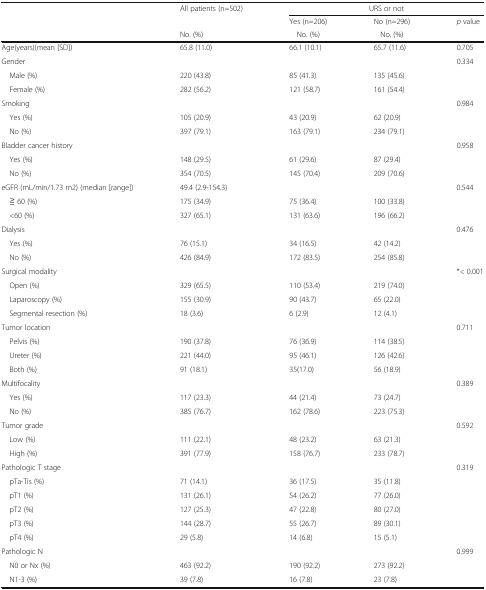
<table><thead><tr><td rowspan="3"></td><td><b>All patients (n=502)</b></td><td colspan="3"><b>URS or not</b></td></tr><tr><td></td><td><b>Yes (n=206)</b></td><td><b>No (n=296)</b></td><td><b><i>p</i> value</b></td></tr><tr><td><b>No. (%)</b></td><td><b>No. (%)</b></td><td><b>No. (%)</b></td><td></td></tr></thead><tbody><tr><td>Age(years)(mean [SD])</td><td>65.8 (11.0)</td><td>66.1 (10.1)</td><td>65.7 (11.6)</td><td>0.705</td></tr><tr><td>Gender</td><td></td><td></td><td></td><td>0.334</td></tr><tr><td> Male (%)</td><td>220 (43.8)</td><td>85 (41.3)</td><td>135 (45.6)</td><td></td></tr><tr><td> Female (%)</td><td>282 (56.2)</td><td>121 (58.7)</td><td>161 (54.4)</td><td></td></tr><tr><td>Smoking</td><td></td><td></td><td></td><td>0.984</td></tr><tr><td> Yes (%)</td><td>105 (20.9)</td><td>43 (20.9)</td><td>62 (20.9)</td><td></td></tr><tr><td> No (%)</td><td>397 (79.1)</td><td>163 (79.1)</td><td>234 (79.1)</td><td></td></tr><tr><td>Bladder cancer history</td><td></td><td></td><td></td><td>0.958</td></tr><tr><td> Yes (%)</td><td>148 (29.5)</td><td>61 (29.6)</td><td>87 (29.4)</td><td></td></tr><tr><td> No (%)</td><td>354 (70.5)</td><td>145 (70.4)</td><td>209 (70.6)</td><td></td></tr><tr><td>eGFR (mL/min/1.73 m2) (median [range])</td><td>49.4 (2.9-154.3)</td><td></td><td></td><td>0.544</td></tr><tr><td> ≧ 60 (%)</td><td>175 (34.9)</td><td>75 (36.4)</td><td>100 (33.8)</td><td></td></tr><tr><td> &lt;60 (%)</td><td>327 (65.1)</td><td>131 (63.6)</td><td>196 (66.2)</td><td></td></tr><tr><td>Dialysis</td><td></td><td></td><td></td><td>0.476</td></tr><tr><td> Yes (%)</td><td>76 (15.1)</td><td>34 (16.5)</td><td>42 (14.2)</td><td></td></tr><tr><td> No (%)</td><td>426 (84.9)</td><td>172 (83.5)</td><td>254 (85.8)</td><td></td></tr><tr><td>Surgical modality</td><td></td><td></td><td></td><td>*&lt; 0.001</td></tr><tr><td> Open (%)</td><td>329 (65.5)</td><td>110 (53.4)</td><td>219 (74.0)</td><td></td></tr><tr><td> Laparoscopy (%)</td><td>155 (30.9)</td><td>90 (43.7)</td><td>65 (22.0)</td><td></td></tr><tr><td> Segmental resection (%)</td><td>18 (3.6)</td><td>6 (2.9)</td><td>12 (4.1)</td><td></td></tr><tr><td>Tumor location</td><td></td><td></td><td></td><td>0.711</td></tr><tr><td> Pelvis (%)</td><td>190 (37.8)</td><td>76 (36.9)</td><td>114 (38.5)</td><td></td></tr><tr><td> Ureter (%)</td><td>221 (44.0)</td><td>95 (46.1)</td><td>126 (42.6)</td><td></td></tr><tr><td> Both (%)</td><td>91 (18.1)</td><td>35(17.0)</td><td>56 (18.9)</td><td></td></tr><tr><td>Multifocality</td><td></td><td></td><td></td><td>0.389</td></tr><tr><td> Yes (%)</td><td>117 (23.3)</td><td>44 (21.4)</td><td>73 (24.7)</td><td></td></tr><tr><td> No (%)</td><td>385 (76.7)</td><td>162 (78.6)</td><td>223 (75.3)</td><td></td></tr><tr><td>Tumor grade</td><td></td><td></td><td></td><td>0.592</td></tr><tr><td> Low (%)</td><td>111 (22.1)</td><td>48 (23.2)</td><td>63 (21.3)</td><td></td></tr><tr><td> High (%)</td><td>391 (77.9)</td><td>158 (76.7)</td><td>233 (78.7)</td><td></td></tr><tr><td>Pathologic T stage</td><td></td><td></td><td></td><td>0.319</td></tr><tr><td> pTa-Tis (%)</td><td>71 (14.1)</td><td>36 (17.5)</td><td>35 (11.8)</td><td></td></tr><tr><td> pT1 (%)</td><td>131 (26.1)</td><td>54 (26.2)</td><td>77 (26.0)</td><td></td></tr><tr><td> pT2 (%)</td><td>127 (25.3)</td><td>47 (22.8)</td><td>80 (27.0)</td><td></td></tr><tr><td> pT3 (%)</td><td>144 (28.7)</td><td>55 (26.7)</td><td>89 (30.1)</td><td></td></tr><tr><td> pT4 (%)</td><td>29 (5.8)</td><td>14 (6.8)</td><td>15 (5.1)</td><td></td></tr><tr><td>Pathologic N</td><td></td><td></td><td></td><td>0.999</td></tr><tr><td> N0 or Nx (%)</td><td>463 (92.2)</td><td>190 (92.2)</td><td>273 (92.2)</td><td></td></tr><tr><td> N1-3 (%)</td><td>39 (7.8)</td><td>16 (7.8)</td><td>23 (7.8)</td><td></td></tr></tbody></table>